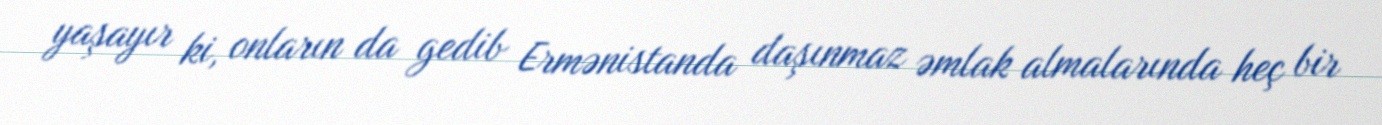
yaşayır ki, onların da gedib Ermənistanda daşınmaz əmlak almalarında heç bir